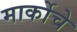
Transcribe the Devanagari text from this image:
मार्कोचे